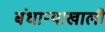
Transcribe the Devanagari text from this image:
बंधाऱ्याखाली